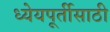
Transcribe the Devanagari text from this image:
ध्येयपूर्तीसाठी